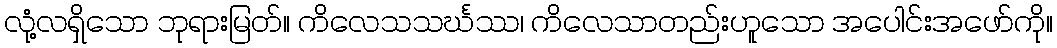
လုံ့လရှိသော ဘုရားမြတ်။ ကိလေသသင်္ဃဿ၊ ကိလေသာတည်းဟူသော အပေါင်းအဖော်ကို။